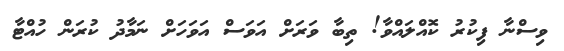
ވިސްނާ ފިކުރު ކޮއްލައްވާ! ތިބާ ވަރަށް އަވަސް އަވަހަށް ނަމާދު ކުރަން ހުއްޓާ